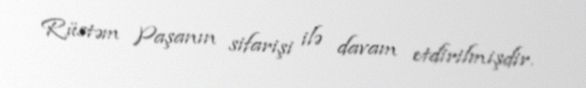
Rüstəm Paşanın sifarişi ilə davam etdirilmişdir.